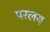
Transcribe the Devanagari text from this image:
परलय